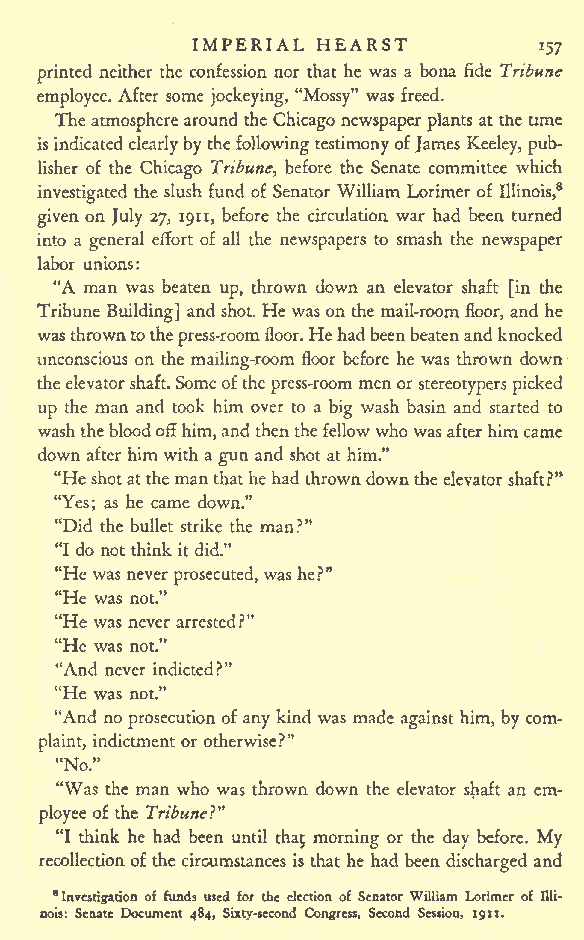
IMPERIAL HEARST
 157
 printed neither the confession nor that he was a bona fide Tribune
 employee. After some jockeying, "Mossy" was freed.
 The atmospherearound the Chicago newspaperplants at the time
 isindicatedclearlyby thefollowingtestimonyofJames Keeley, pub-
 lisher of the Chicago Tribune, before the Senate committee which
 investigated the slush fund of Senator William Lorimer of Illinois,8
 given on July 27, 1911, before the circulation war had been turned
 into a general effort of all the newspapers to smash the newspaper
 labor unions:
 "A man was beaten up, thrown down an elevator shaft [in the
 Tribune Building] and shot. He was on the mail-room floor, and he
 wasthrowntothepress-roomfloor.Hehadbeenbeatenandknocked
 unconscious on the mailing-room floor before he was thrown down
 theelevatorshaft. Someofthe press-room menor stereotypers picked
 up the man and took him over to a big wash basin and started to
 washthebloodoffhim,andthenthefellowwho wasafterhimcame
 down after him with agun and shot at him."
 "Heshotatthemanthathehad throwndownthe elevatorshaft?"
 "Yes; as he came down."
 "Did the bullet strike the man?"
 "I do not think it did."
 "He was never was he?"
 prosecuted,
 "He was not."
 "He was never arrested?"
 "He was not."
 "And never indicted?"
 "He was not."
 "And no prosecution of any kind was made against him, by com-
 indictment or otherwise?"
 plaint,
 "No."
 "Was the man who was thrown down the elevator shaft an em-
 ployee of the Tribune!"
 "I think he had been until that morning or the day before. My
 recollectionofthe circumstances is that he had been discharged and
 "Investigation of funds used for the election of Senator William Lorimer of Illi-
 nois: Senate Document 484, Sixty-second Congress, Second Session, 1911.